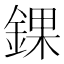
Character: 錁